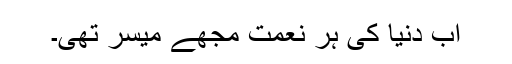
اب دنیا کی ہر نعمت مجھے میسر تھی۔